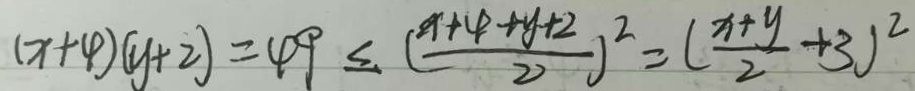
( x + 4 ) ( y + 2 ) = 4 9 \leq ( \frac { x + 4 + y + 2 } { 2 } ) ^ { 2 } = ( \frac { x + y } { 2 } + 3 ) ^ { 2 }